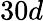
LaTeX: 30d